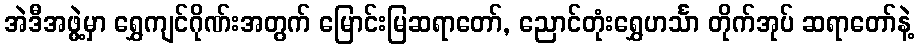
အဲဒီအဖွဲ့မှာ ရွှေကျင်ဂိုဏ်းအတွက် မြောင်းမြဆရာတော်, ညောင်တုံးရွှေဟင်္သာ တိုက်အုပ် ဆရာတော်နဲ့